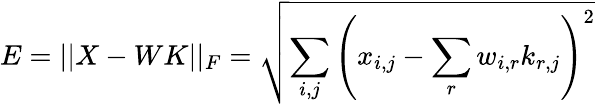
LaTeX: E=||X-WK||_{F}=\sqrt{\sum_{i,j}\left(x_{i,j}-\sum_{r}w_{i,r}k_{r,j}\right)^{2}}